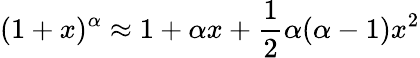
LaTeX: (1+x)^{\alpha}\approx 1+\alpha x+{\frac{1}{2}}\alpha(\alpha-1)x^{2}